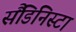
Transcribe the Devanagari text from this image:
सैंडिनिस्टा